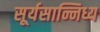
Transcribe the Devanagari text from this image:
सूर्यसान्निध्य